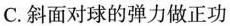
C.斜面对球的弹力做正功